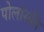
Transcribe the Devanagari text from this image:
पोलांस्की